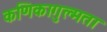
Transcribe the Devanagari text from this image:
कणिकागुल्मता